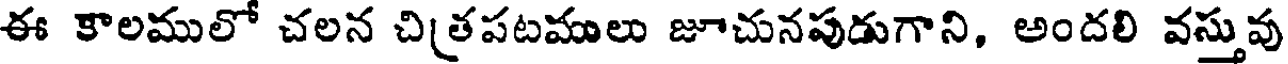
ఈ కాలములో చలన చిత్రపటములు జూచునపుడుగాని, అందలి వస్తువు